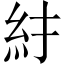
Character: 𥾒